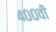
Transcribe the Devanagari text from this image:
४००वी